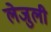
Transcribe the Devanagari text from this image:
लेजुली